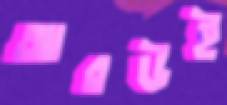
আরউই